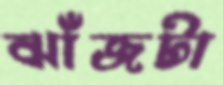
ঝাঁজটা